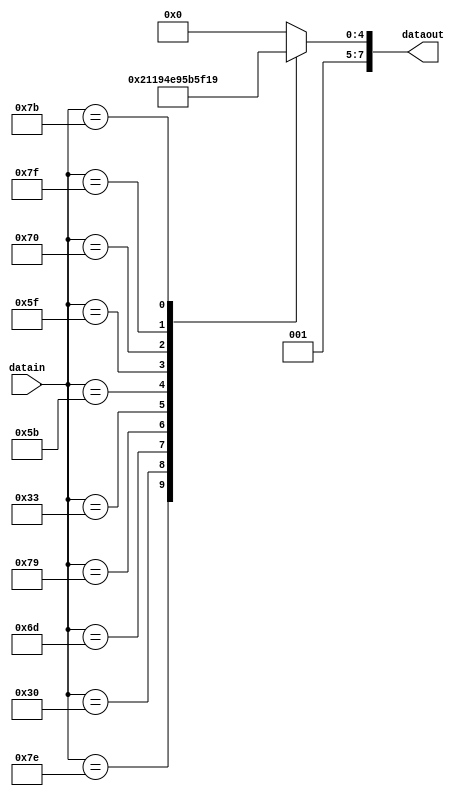

module LCDdecoder(datain, dataout);
   input [6:0]  datain; // 
   output [7:0] dataout; //
   
   reg [7:0]    dis;
   
   always @(datain)
      case (datain)
         7'b1111110 :
            dis <= 8'b00110000;
         7'b0110000 :
            dis <= 8'b00110001;
         7'b1101101 :
            dis <= 8'b00110010;
         7'b1111001 :
            dis <= 8'b00110011;
         7'b0110011 :
            dis <= 8'b00110100;
         7'b1011011 :
            dis <= 8'b00110101;
         7'b1011111 :
            dis <= 8'b00110110;
         7'b1110000 :
            dis <= 8'b00110111;
         7'b1111111 :
            dis <= 8'b00111000;
         7'b1111011 :
            dis <= 8'b00111001;
         default :
            dis <= 8'b00100000;
      endcase
   
   assign dataout = dis;
   
endmodule